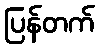
ပြန်တက်